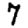
Digit: 7